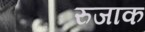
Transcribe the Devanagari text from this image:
रुजाक